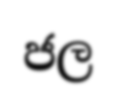
ජල